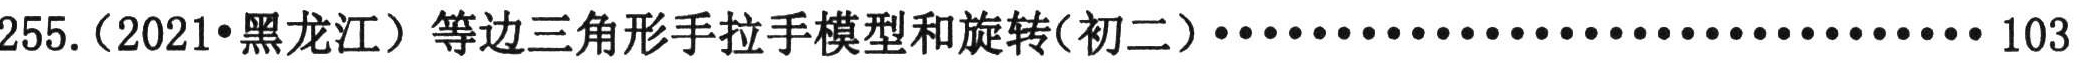
255.（2021•黑龙江）等边三角形手拉手模型和旋转(初二)······································ 103